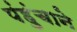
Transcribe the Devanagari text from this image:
पंहुंचाने